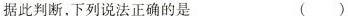
据此判断，下列说法正确的是 ( )